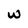
Character: w